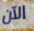
الآن